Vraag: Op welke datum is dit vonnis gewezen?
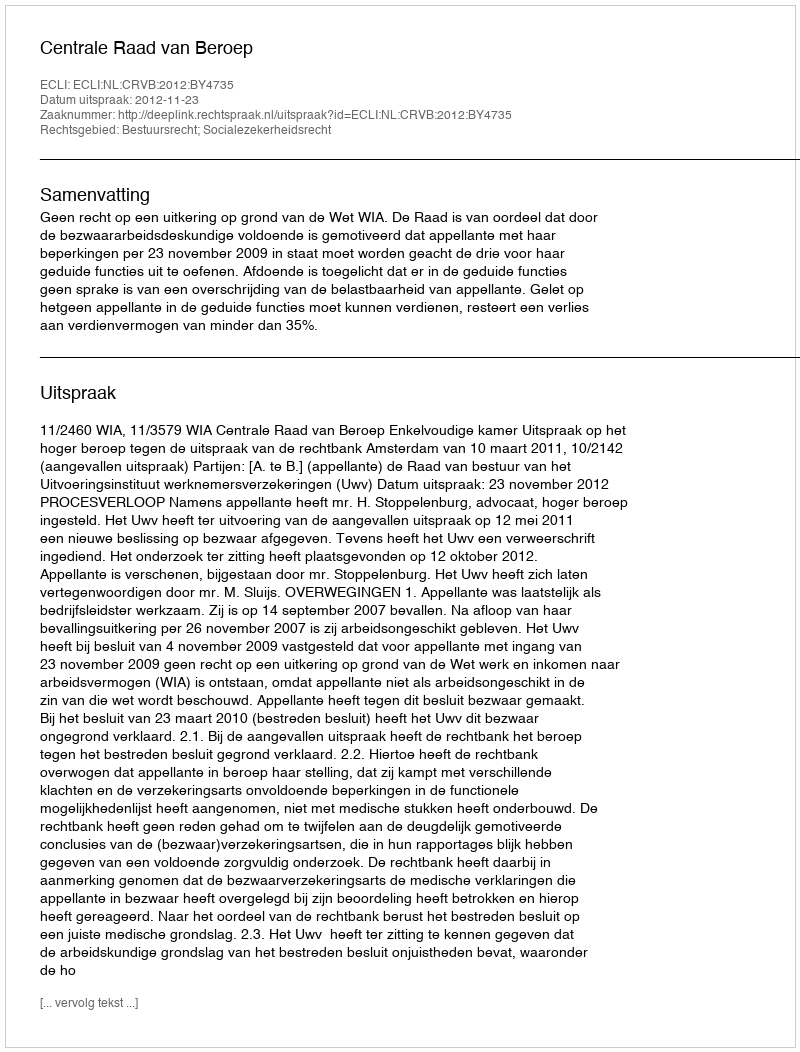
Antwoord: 2012-11-23